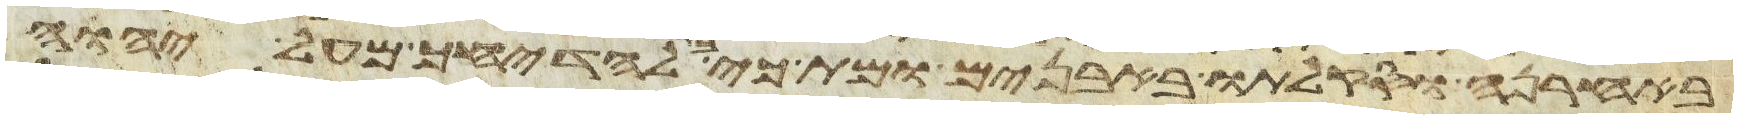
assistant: באחרנה וסקלתו באבנים ומת כי בקש להדיחך מעל יהוה